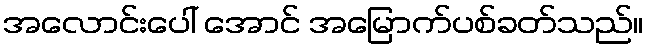
အလောင်းပေါ် အောင် အမြောက်ပစ်ခတ်သည်။